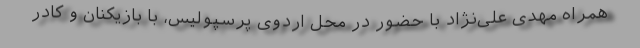
همراه مهدی علی‌نژاد با حضور در محل اردوی پرسپولیس، با بازیکنان و کادر